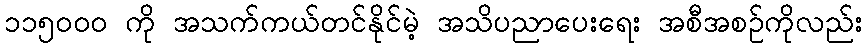
၁၁၅၀၀၀ ကို အသက်ကယ်တင်နိုင်မဲ့ အသိပညာပေးရေး အစီအစဉ်ကိုလည်း